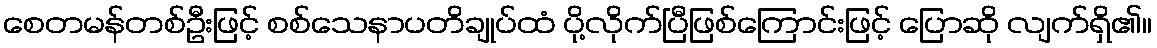
စေတမန်တစ်ဦးဖြင့် စစ်သေနာပတိချုပ်ထံ ပို့လိုက်ပြီဖြစ်ကြောင်းဖြင့် ပြောဆို လျက်ရှိ၏။